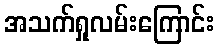
အသက်ရှုလမ်းကြောင်း